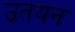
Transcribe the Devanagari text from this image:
उतयन